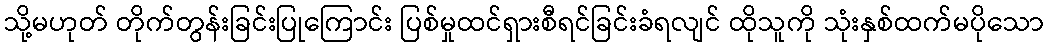
သို့မဟုတ် တိုက်တွန်းခြင်းပြုကြောင်း ပြစ်မှုထင်ရှားစီရင်ခြင်းခံရလျင် ထိုသူကို သုံးနှစ်ထက်မပိုသော